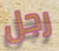
رجل